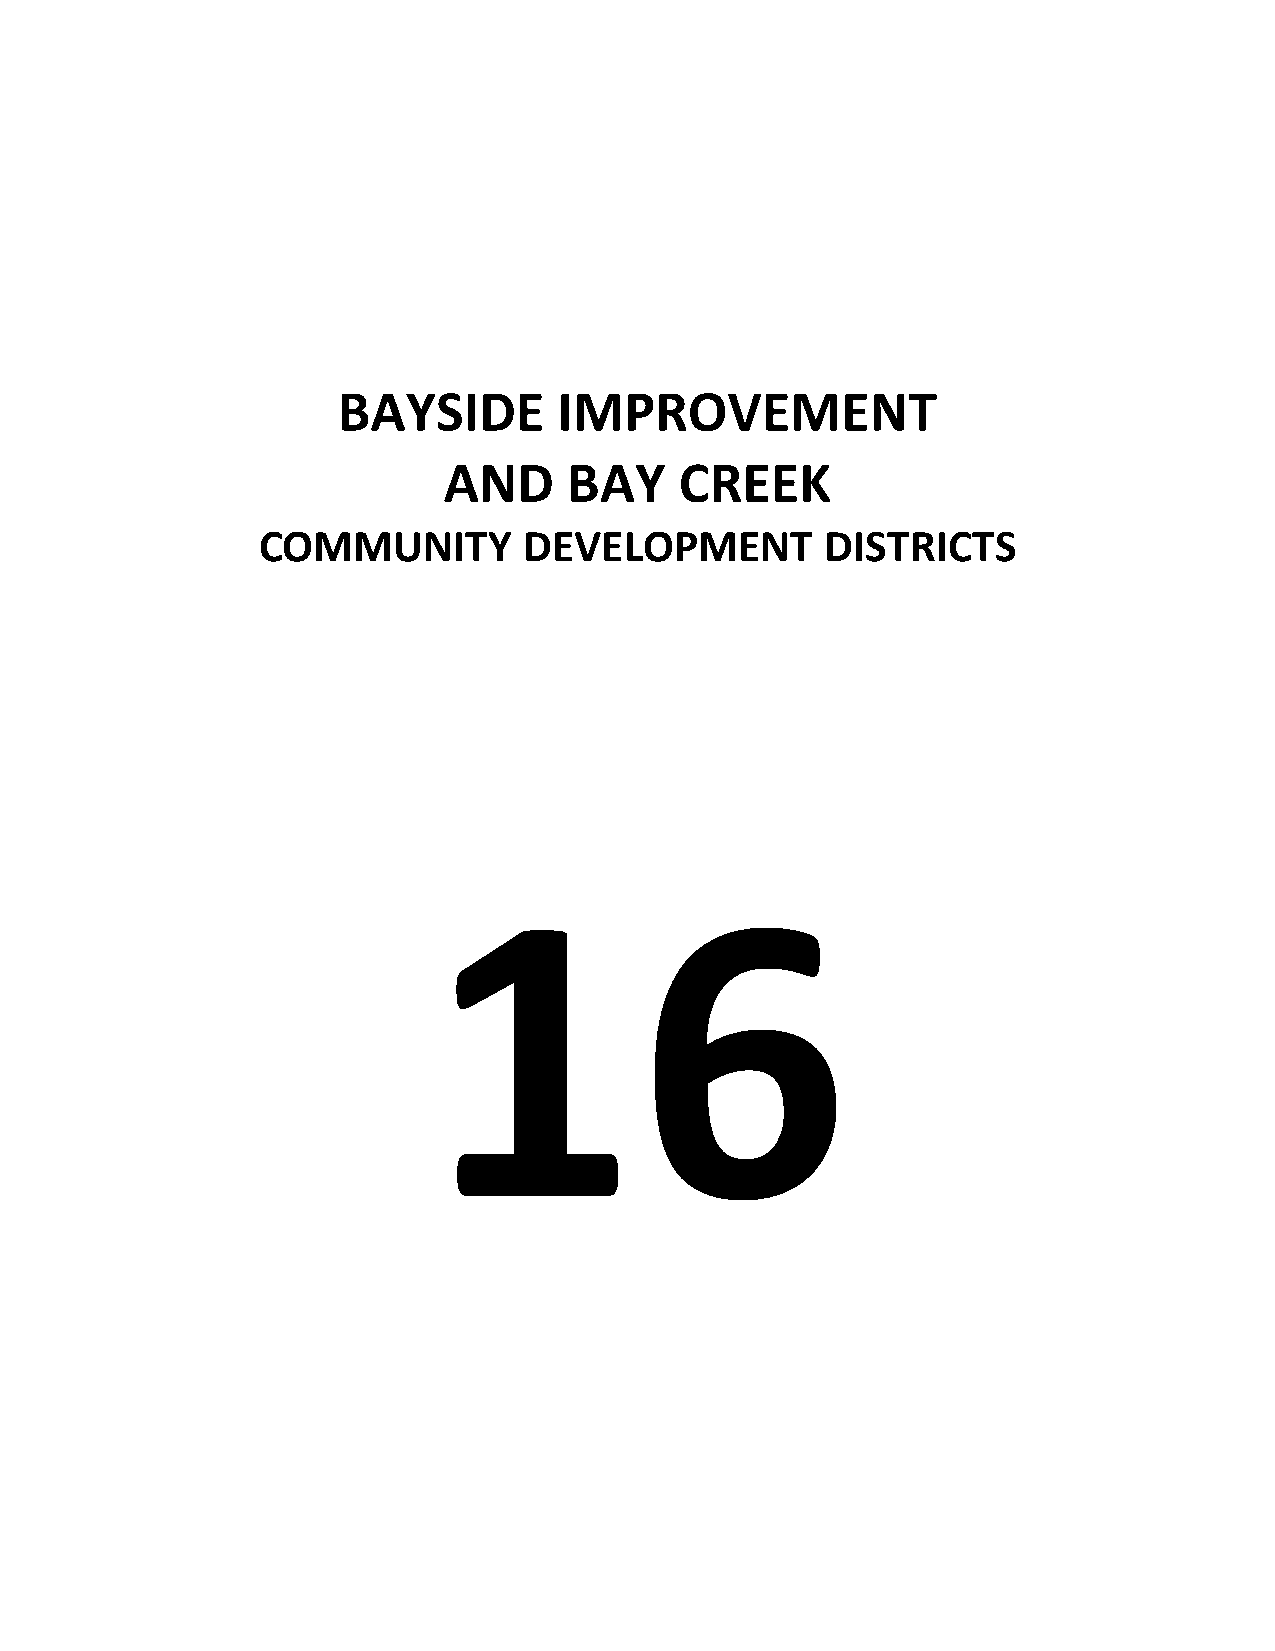
BAYSIDE        IMPROVEMENT
 AND      BAY    CREEK
 COMMUNITY         DEVELOPMENT         DISTRICTS
 16